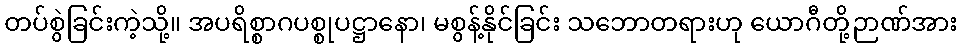
တပ်စွဲခြင်းကဲ့သို့။ အပရိစ္စာဂပစ္စုပဋ္ဌာနော၊ မစွန့်နိုင်ခြင်း သဘောတရားဟု ယောဂီတို့ဉာဏ်အား